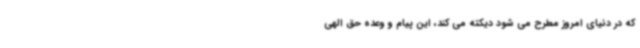
که در دنیای امروز مطرح می شود دیکته می کند، این پیام و وعده حق الهی